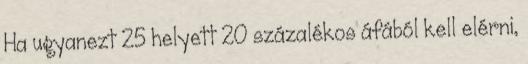
Ha ugyanezt 25 helyett 20 százalékos áfából kell elérni,